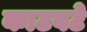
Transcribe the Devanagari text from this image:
काटवटे